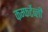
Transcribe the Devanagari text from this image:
कम्फर्टेब्ली